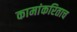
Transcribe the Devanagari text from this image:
कामांकरिताच